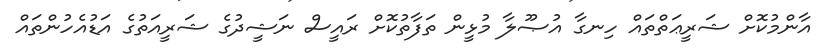
އާންމުކޮށް ޝަރީޢަތްތައް ހިނގާ އުޞޫލާ މުޅީން ތަފާތުކޮށް ރައީސް ނަޝީދުގެ ޝަރީއަތުގެ އަޑުއެހުންތައް